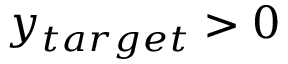
y _ { t a r g e t } > 0